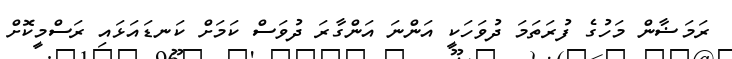
ރަމަޟާން މަހުގެ ފުރަތަމަ ދުވަހަކީ އަންނަ އަންގާރަ ދުވަސް ކަމަށް ކަނޑައަޅައި ރަސްމީކޮށް